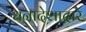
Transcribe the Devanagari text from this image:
धनादेशाद्वारे